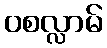
ဝစလ္လာမ်